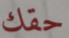
حقك